Scientific memoirs by medical officers of the Army of India - Part V,
Year: 1890
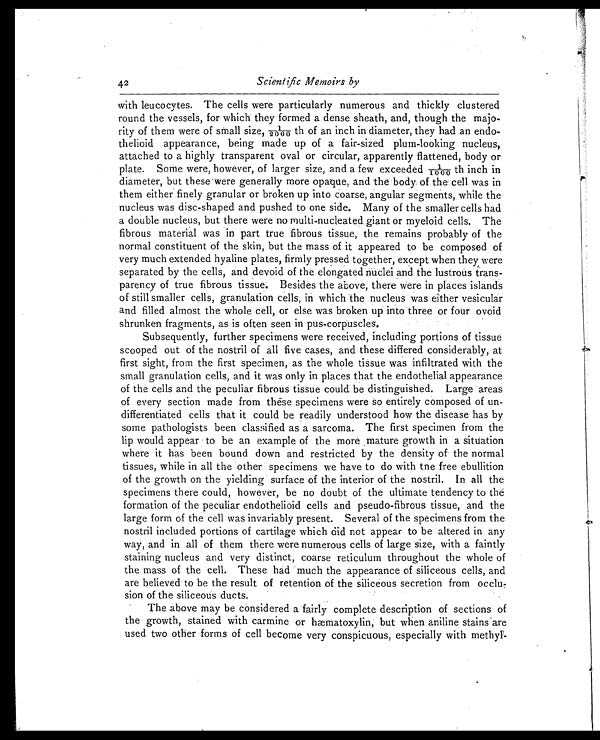
Scientific Memoirs by
with leucocytes. The cells were particularly numerous and thickly clustered
round the vessels, for which they formed a dense sheath, and, though the majo
-rity of them were of small size, 1/2000 th of an inch in diameter, they had an endo
- t h e l i o i d a p p e a r a n c e , b e i n g m a d e u p o f a f a i r - s i z e d p l u m - l o o k i n g n u c l e u s ,
attached to a highly transparent oval or circular, apparently flattened, body or
plate. Some were, however, of larger size, and a few exceeded 1/1000 th inch in
diameter, but these were generally more opaque, and the body of the cell was in
them either finely granular or broken up into coarse, angular segments, while the
nucleus was disc-shaped and pushed to one side. Many of the smaller cells had
a double nucleus, but there were no multi-nucleated giant or myeloid cells. The
fibrous material was in part true fibrous tissue, the remains probably of the
normal constituent of the skin, but the mass of it appeared to be composed of
very much extended hyaline plates, firmly pressed together, except when they were
separated by the cells, and devoid of the elongated nuclei and the lustrous trans-
parency of true fibrous tissue. Besides the above, there were in places islands
of still smaller cells, granulation cells, in which the nucleus was either vesicular
and filled almost the whole cell, or else was broken up into three or four ovoid
shrunken fragments, as is often seen in pus-corpuscles.
Subsequently, further specimens were received, including portions of tissue
scooped out of the nostril of all five cases, and these differed considerably, at
first sight, from the first specimen, as the whole tissue was infiltrated with the
small granulation cells, and it was only in places that the endothelial appearance
of the cells and the peculiar fibrous tissue could be distinguished. Large areas
of every section made from these specimens were so entirely composed of un
-differentiated cells that it could be readily understood how the disease has by
some pathologists been classified as a sarcoma. The first specimen from the
lip would appear to be an example of the more mature growth in a situation
where it has been bound down and restricted by the density of the normal
tissues, while in all the other specimens we have to do with the free ebullition
of the growth on the yielding surface of the interior of the nostril. In all the
specimens there could, however, be no doubt of the ultimate tendency to the
formation of the peculiar endothelioid cells and pseudo-fibrous tissue, and the
large form of the cell was invariably present. Several of the specimens from the
nostril included portions of cartilage which did not appear to be altered in any
way, and in all of them there were numerous cells of large size, with a faintly
staining nucleus and very distinct, coarse reticulum throughout the whole of
the mass of the cell. These had much the appearance of siliceous cells, and
are believed to be the result of retention of the siliceous secretion from occlu
-sion of the siliceous ducts.
The above may be considered a fairly complete description of sections of
the growth, stained with carmine or hæmatoxylin, but when aniline stains are
used two other forms of cell become very conspicuous, especially with methyl-
42